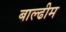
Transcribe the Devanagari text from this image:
बाल्ढीम